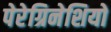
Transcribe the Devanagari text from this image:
पेरेग्रिनेशियो